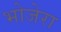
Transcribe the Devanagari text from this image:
भोजेरा